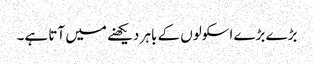
بڑے بڑے اسکولوں کے باہر دیکھنے میں آتا ہے۔